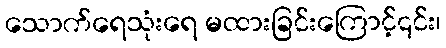
သောက်ရေသုံးရေ မထားခြင်းကြောင့်၎င်း၊